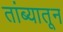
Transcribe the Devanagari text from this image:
तांब्यातून